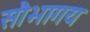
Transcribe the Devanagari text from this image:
सौभागय